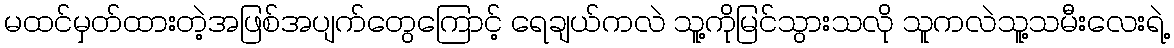
မထင်မှတ်ထားတဲ့အဖြစ်အပျက်တွေကြောင့် ရေချယ်ကလဲ သူ့ကိုမြင်သွားသလို သူကလဲသူ့သမီးလေးရဲ့